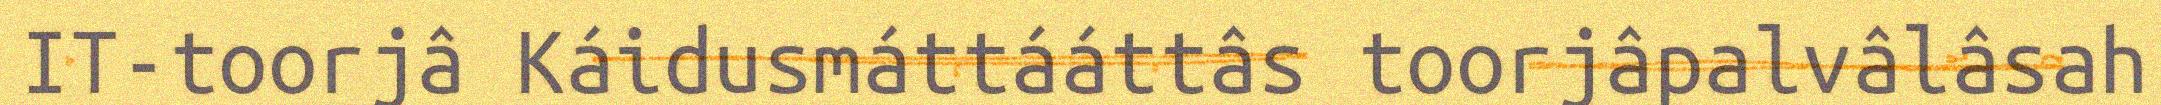
IT-toorjâ Káidusmáttááttâs toorjâpalvâlâsah